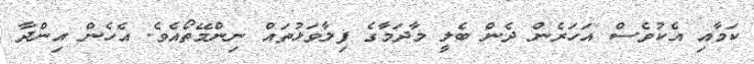
ކަމާއި އެކުވެސް އަހަރެން ދެން ބެލީ މާދަމާގެ ފިލާވަޅުތައް ނިންމޭތޯއެވެ. އެހެން އިންދާ